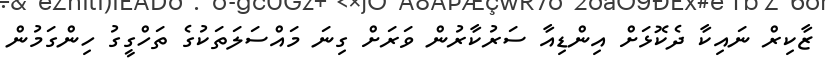
ޒާކިރް ނައިކާ ދެކޮޅަށް އިންޑިއާ ސަރުކާރުން ވަރަށް ގިނަ މައްސަލަތަކުގެ ތަހްގީގު ހިންގަމުން